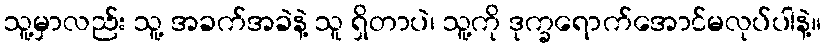
သူ့မှာလည်း သူ့ အခက်အခဲနဲ့ သူ ရှိတာပဲ၊ သူ့ကို ဒုက္ခရောက်အောင်မလုပ်ပါနဲ့။